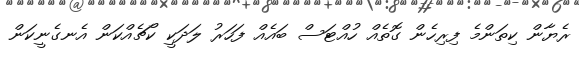
ރެޔާން ކިތަންމެ ފިރިހެން ގޮތެއް ހުއްޓަސް ބައެއް ފަހަރު ލަދަކީ ކޯޗެއްކަން އެނގެނީކަން